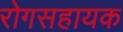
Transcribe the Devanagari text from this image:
रोगसहायक